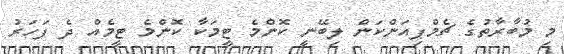
މި މުބާރާތުގެ ޗެމްޕިއަންކަން ލިބޭނީ ކޮންމެ ޓީމަކާ ކޮންމެ ޓީމެއް ދެ ފަހަރު